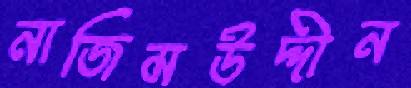
নাজিমউদ্দীন